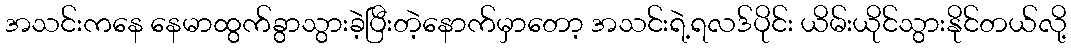
အသင်းကနေ နေမာထွက်ခွာသွားခဲ့ပြီးတဲ့နောက်မှာတော့ အသင်းရဲ့ရလဒ်ပိုင်း ယိမ်းယိုင်သွားနိုင်တယ်လို့